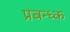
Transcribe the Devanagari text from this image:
प्रबन्ध्क